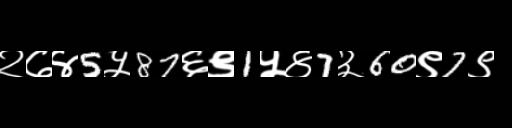
Text: २७४5५87६९1५४7३60९7९